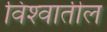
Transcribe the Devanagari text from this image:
विश्‍वातील